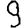
Digit: 9